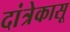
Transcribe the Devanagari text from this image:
दांत्रेकासू